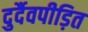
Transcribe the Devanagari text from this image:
दुर्दैवपीड़ित